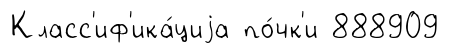
Класс'иф'ика́циjа по́чк'и 888909